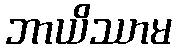
ဘာယိဿာမ